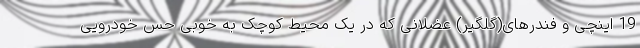
19 اینچی و فندرهای(گلگیر) عضلانی که در یک محیط کوچک به خوبی حس خودرویی